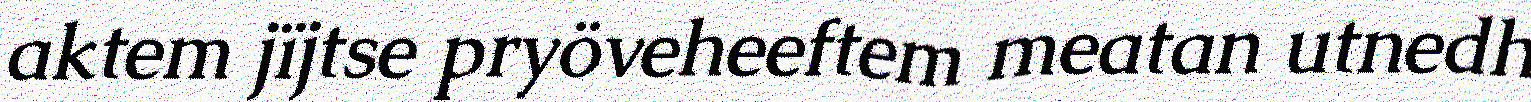
aktem jïjtse pryöveheeftem meatan utnedh